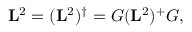
\mathbf { L } ^ { 2 } = ( \mathbf { L } ^ { 2 } ) ^ { \dagger } = G ( \mathbf { L } ^ { 2 } ) ^ { + } G ,